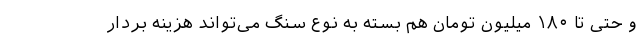
و حتی تا ۱۸۰ میلیون تومان هم بسته به نوع سنگ می‌تواند هزینه بردار